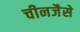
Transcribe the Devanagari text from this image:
चीनजैसे